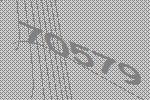
70579